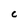
Character: c